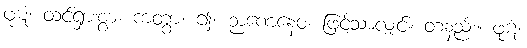
ဖုဋံ၊ ထင်ရှားစွာ။ ကတွာ၊ ၍။ ဉာဏေနေဝ၊ ဖြင့်သာလျှင်။ တနည်း။ ဖုဋံ၊